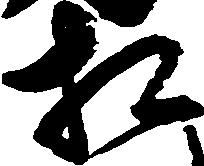
相